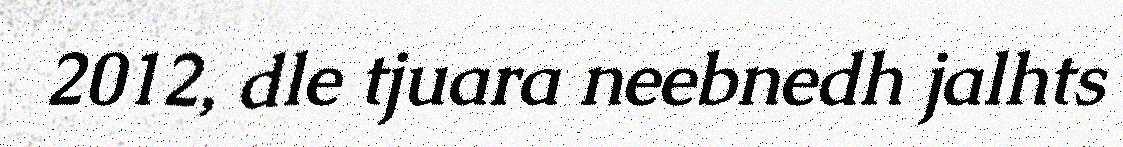
2012, dle tjuara neebnedh jalhts